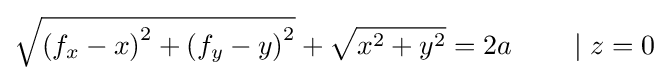
{\sqrt {\left(f_{x}-x\right)^{2}+\left(f_{y}-y\right)^{2}}}+{\sqrt {x^{2}+y^{2}}}=2a\qquad \mid z=0